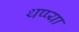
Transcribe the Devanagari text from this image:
थप्प्या